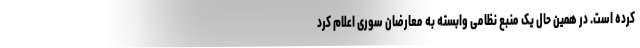
کرده است. در همین حال یک منبع نظامی وابسته به معارضان سوری اعلام کرد